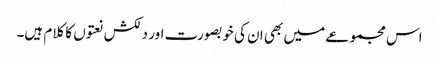
اس مجموعے میں بھی ان کی خوبصورت اور دلکش نعتوں کا کلام ہیں۔